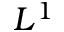
L ^ { 1 }